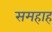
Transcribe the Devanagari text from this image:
समहाह